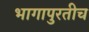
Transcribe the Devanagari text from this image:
भागापुरतीच